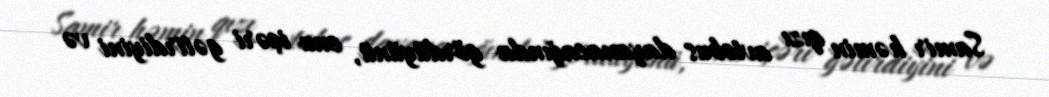
Samir həmin qızı avtobus dayanacağında gördüyünü, onu içəri gətirdiyini və